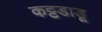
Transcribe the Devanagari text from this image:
कट्टडाडू